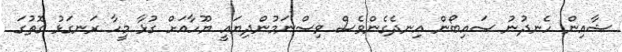
ޝާއިން ހެނދުނު ސައިބޯން އިނދެގެންވެސް ވިސްނަމުންދިޔައީ ޔޫހާއަށް ގުޅާ މީހާ ރަނގަޅު ގޮތުގަ